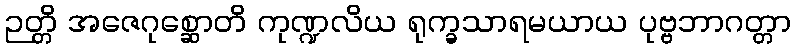
ဉတ္တိ အဇေဂုစ္ဆောတိ ကုဏ္ဍလိယ ရုက္ခသာရမယာယ ပုဗ္ဗဘာဂတ္တာ